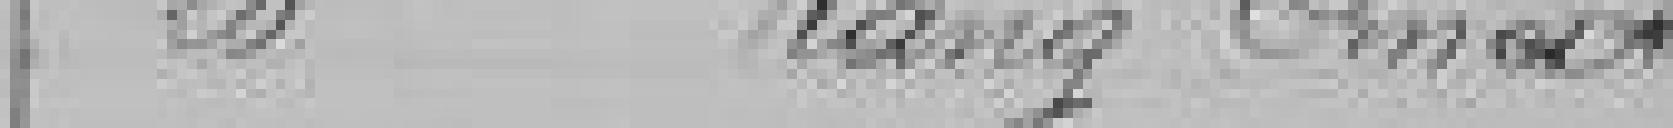
20 Rang